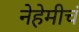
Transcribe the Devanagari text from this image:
नेहेमीचं